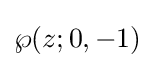
\wp (z;0,-1)